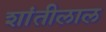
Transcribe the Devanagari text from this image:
शांतीलाल